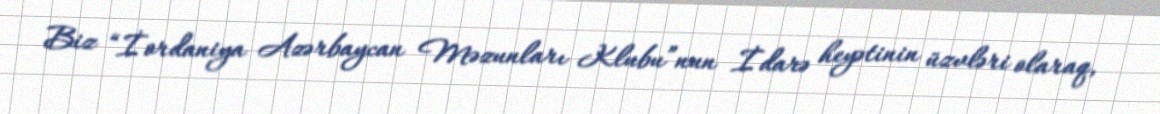
Biz “İordaniya Azərbaycan Məzunları Klubu”nun İdarə heyətinin üzvləri olaraq,